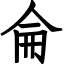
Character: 侖